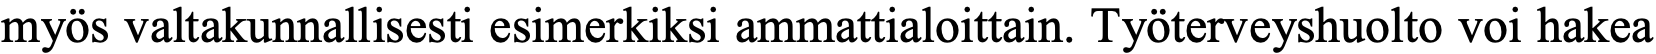
myös valtakunnallisesti esimerkiksi ammattialoittain. Työterveyshuolto voi hakea